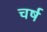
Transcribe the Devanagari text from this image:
चर्ष